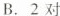
B.2对